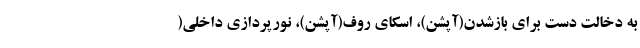
به دخالت دست برای بازشدن(آپشن)، اسکای روف(آپشن)، نورپردازی داخلی(